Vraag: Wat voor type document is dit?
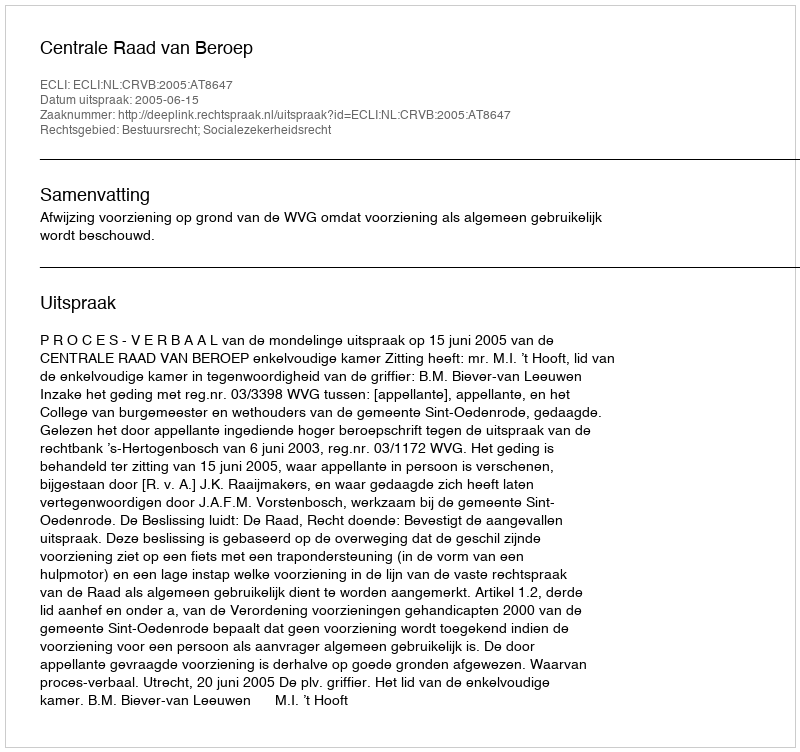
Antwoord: Uitspraak